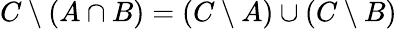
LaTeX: C\setminus(A\cap B)=(C\setminus A)\cup(C\setminus B)